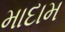
માદામ